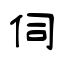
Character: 伺